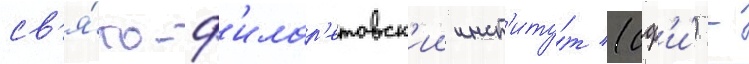
св'я́то-ф'илар'етовск'ии инст'иту́т (сф'и́) -